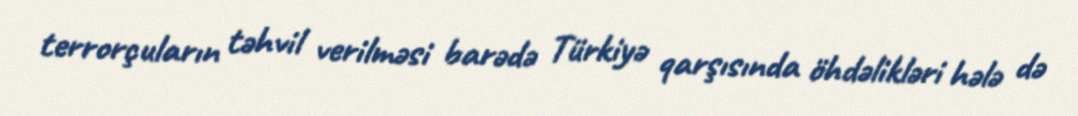
terrorçuların təhvil verilməsi barədə Türkiyə qarşısında öhdəlikləri hələ də